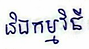
និងកម្មវិធី